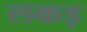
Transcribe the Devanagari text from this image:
लकड़